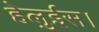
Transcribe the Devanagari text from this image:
हेलुईस।